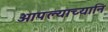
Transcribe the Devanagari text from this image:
आपल्याच्यानि